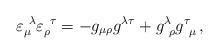
LaTeX: \begin{align*}\varepsilon_{\mu}^{\ \lambda}\varepsilon_{\rho}^{\ \tau}=-g_{\mu\rho}g^{\lambda\tau}+g^{\lambda}_{\ \rho}g^{\tau}_{\ \mu}\,,\end{align*}